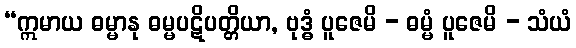
“ဣမာယ ဓမ္မာနု ဓမ္မပဋိပတ္တိယာ, ဗုဒ္ဓံ ပူဇေမိ - ဓမ္မံ ပူဇေမိ - သံယံ